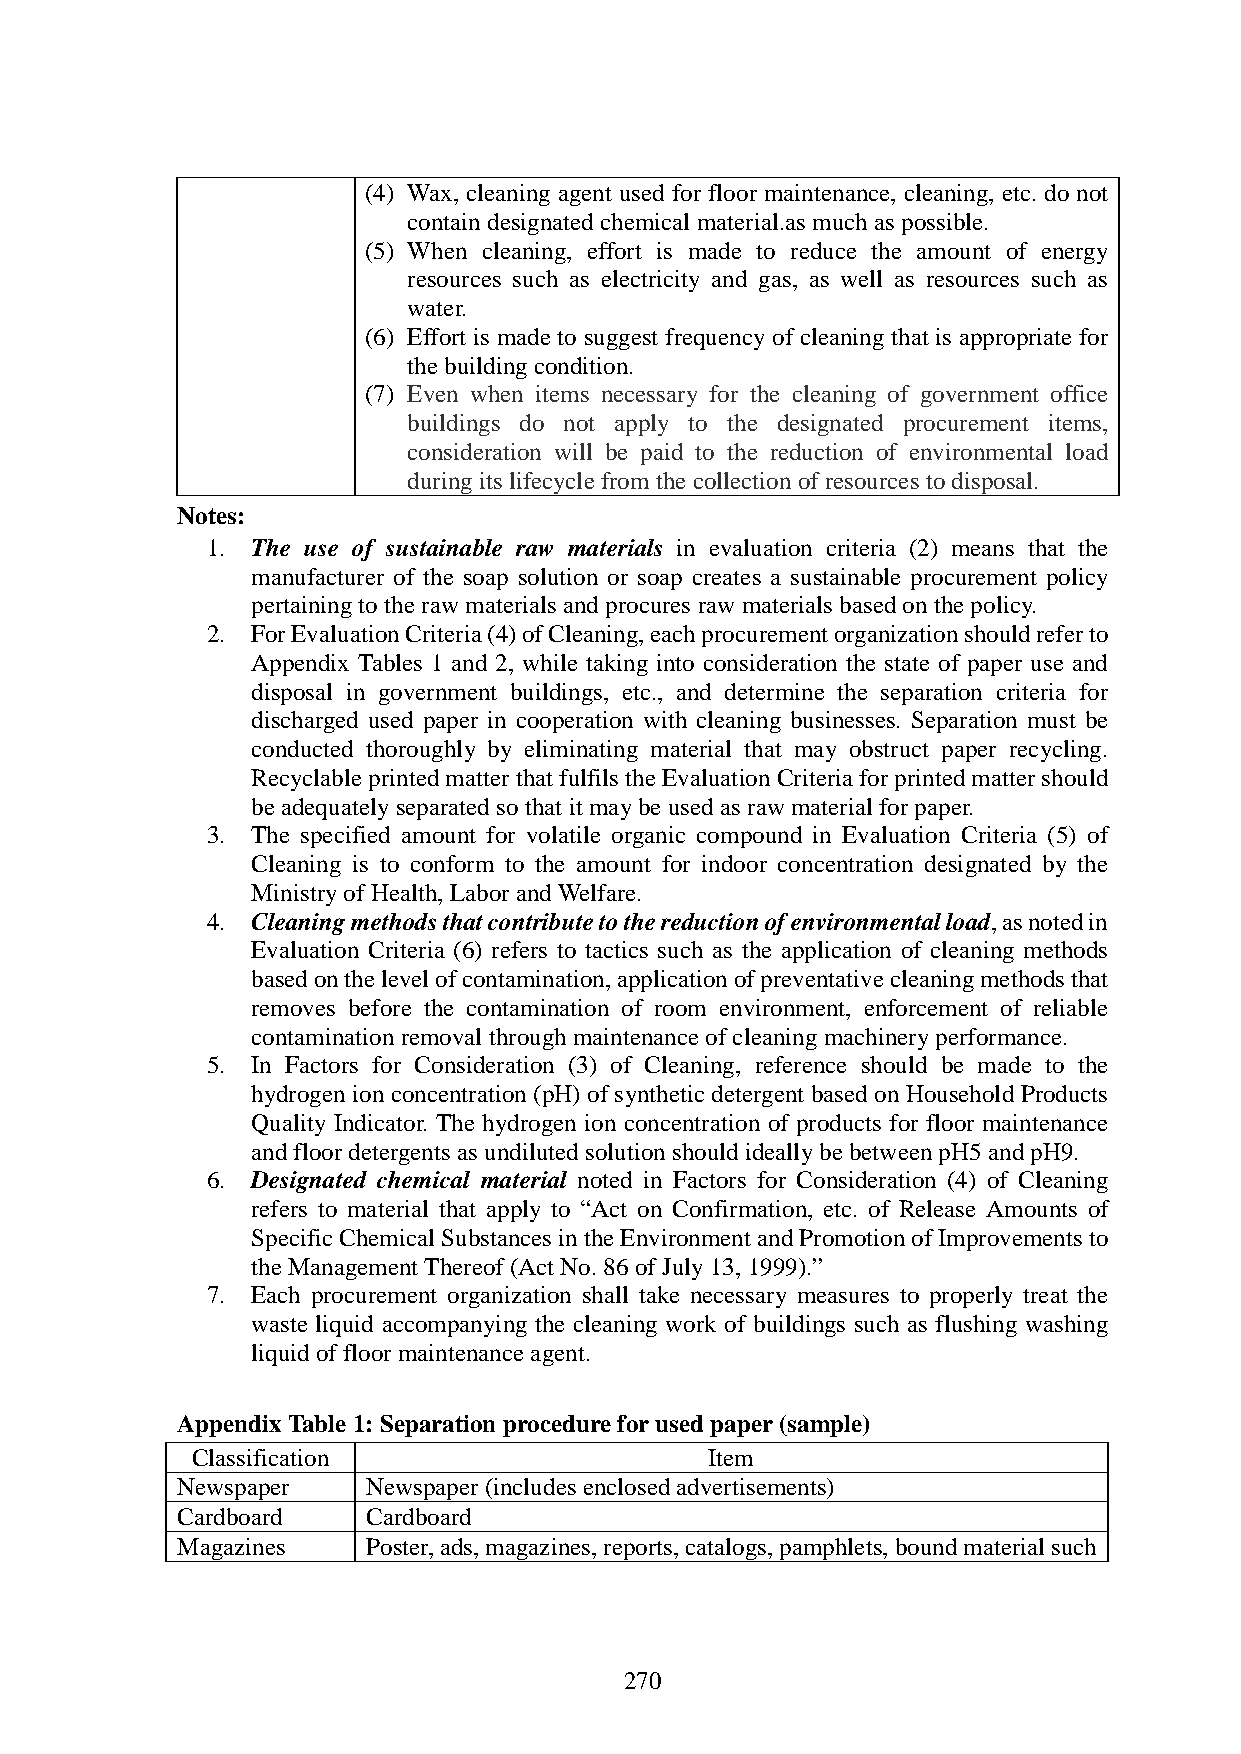
(4) Wax, cleaning agent used for floor maintenance, cleaning, etc. do not
 contain designated chemical material.as much as possible.
 (5) When cleaning, effort is made to reduce the amount of energy
 resources such as electricity and gas, as well as resources such as
 water.
 (6) Effort is made to suggest frequency of cleaning that is appropriate for
 the building condition.
 (7) Even when items necessary for the cleaning of government office
 buildings do not apply to the designated procurement items,
 consideration will be paid to the reduction of environmental load
 during its lifecycle from the collection of resources to disposal.
 Notes:
 1. The use of sustainable raw materials in evaluation criteria (2) means that the
 manufacturer of the soap solution or soap creates a sustainable procurement policy
 pertaining to the raw materials and procures raw materials based on the policy.
 2. For Evaluation Criteria (4) of Cleaning, each procurement organization should refer to
 Appendix Tables 1 and 2, while taking into consideration the state of paper use and
 disposal in government buildings, etc., and determine the separation criteria for
 discharged used paper in cooperation with cleaning businesses. Separation must be
 conducted thoroughly by eliminating material that may obstruct paper recycling.
 Recyclable printed matter that fulfils the Evaluation Criteria for printed matter should
 be adequately separated so that it may be used as raw material for paper.
 3. The specified amount for volatile organic compound in Evaluation Criteria (5) of
 Cleaning is to conform to the amount for indoor concentration designated by the
 Ministry of Health, Labor and Welfare.
 4. Cleaning methods that contribute to the reduction of environmental load, as noted in
 Evaluation Criteria (6) refers to tactics such as the application of cleaning methods
 based on the level of contamination, application of preventative cleaning methods that
 removes before the contamination of room environment, enforcement of reliable
 contamination removal through maintenance of cleaning machinery performance.
 5. In Factors for Consideration (3) of Cleaning, reference should be made to the
 hydrogen ion concentration (pH) of synthetic detergent based on Household Products
 Quality Indicator. The hydrogen ion concentration of products for floor maintenance
 and floor detergents as undiluted solution should ideally be between pH5 and pH9.
 6. Designated chemical material noted in Factors for Consideration (4) of Cleaning
 refers to material that apply to “Act on Confirmation, etc. of Release Amounts of
 Specific Chemical Substances in the Environment and Promotion of Improvements to
 the Management Thereof (Act No. 86 of July 13, 1999).”
 7. Each procurement organization shall take necessary measures to properly treat the
 waste liquid accompanying the cleaning work of buildings such as flushing washing
 liquid of floor maintenance agent.
 Appendix Table 1: Separation procedure for used paper (sample)
 Classification                    Item
 Newspaper   Newspaper (includes enclosed advertisements)
 Cardboard   Cardboard
 Magazines   Poster, ads, magazines, reports, catalogs, pamphlets, bound material such
 270